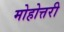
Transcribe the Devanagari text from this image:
मोहोत्तरी